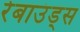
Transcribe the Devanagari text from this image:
रेबाउंड्स